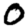
Digit: 0